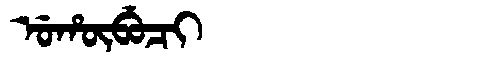
Manchu: ᡠᡥᡡᠪᡠᠴᡳ
Romanization: UHŪBUCI